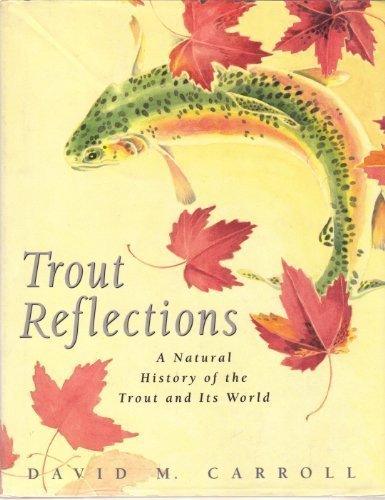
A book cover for Trout Reflections: A Natural History of the Trout and Its World; David M. Carroll; Sports & Outdoors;